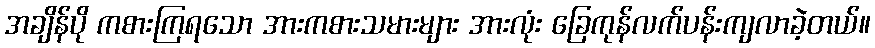
အချိန်ပို ကစားကြရသော အားကစားသမားများ အားလုံး ခြေကုန်လက်ပန်းကျလာခဲ့တယ်။